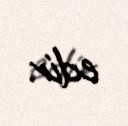
edir.